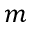
m